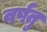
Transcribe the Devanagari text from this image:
वर्षतु